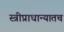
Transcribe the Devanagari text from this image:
स्त्रीप्राधान्यातच